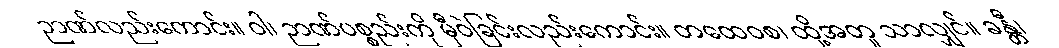
ဉာဏ်လည်းကောင်း။ ဝါ၊ ဉာဏ်ပစ္စည်းကို မှီဝဲခြင်းလည်းကောင်း။ တထေဝစ၊ ထို့အတူ သာလျှင်။ ခန္တီ၊